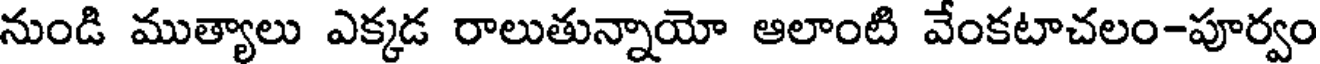
నుండి ముత్యాలు ఎక్కడ రాలుతున్నాయో ఆలాంటి వేంకటాచలం-పూర్వం